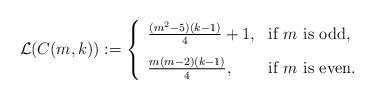
LaTeX: \begin{align*} \mathcal{L}(C(m,k)) := \left\{\begin{array}{ll}\frac{(m^{2}-5)(k-1)}{4}+1, & \mbox{if $m$ is odd}, \\ [0.3cm]\frac{m(m-2)(k-1)}{4}, & \mbox{if $m$ is even.}\end{array}\right.\end{align*}